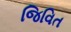
જિવિત